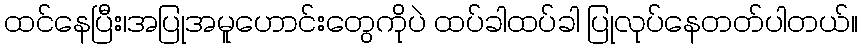
ထင်နေပြီး၊အပြုအမူဟောင်းတွေကိုပဲ ထပ်ခါထပ်ခါ ပြုလုပ်နေတတ်ပါတယ်။